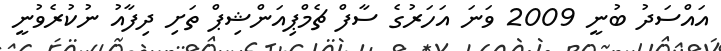
އައްސަދު ބުނީ 2009 ވަނަ އަހަރުގެ ސާފް ޗެމްޕިއަންޝިޕް ތަށި ދިފާއު ނުކުރެވުނީ